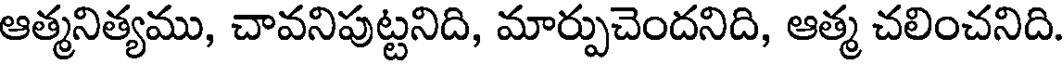
ఆత్మనిత్యము, చావనిపుట్టనిది, మార్పుచెందనిది, ఆత్మ చలించనిది.